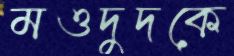
মওদুদকে